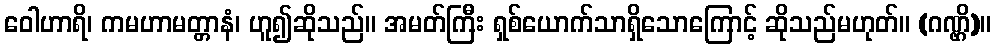
ဝေါဟာရိ၊ ကမဟာမတ္တာနံ၊ ဟူ၍ဆိုသည်။ အမတ်ကြီး ရှစ်ယောက်သာရှိသောကြောင့် ဆိုသည်မဟုတ်။ (ဂဏ္ဌိ)။